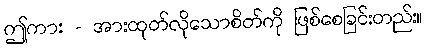
ဤကား - အားထုတ်လိုသောစိတ်ကို ဖြစ်စေခြင်းတည်း။